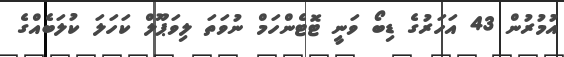
އުމުރުން 43 އަހަރުގެ ޑިބޯ ވަނީ ޓޮޓެންހަމް ނުވަތަ ލިވަޕޫލް ކަހަލަ ކުލަބެއްގެ